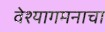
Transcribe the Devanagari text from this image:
वेश्यागमनाचा